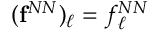
( { \bf f } ^ { N N } ) _ { \ell } = f _ { \ell } ^ { N N }